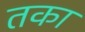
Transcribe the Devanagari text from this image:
तका